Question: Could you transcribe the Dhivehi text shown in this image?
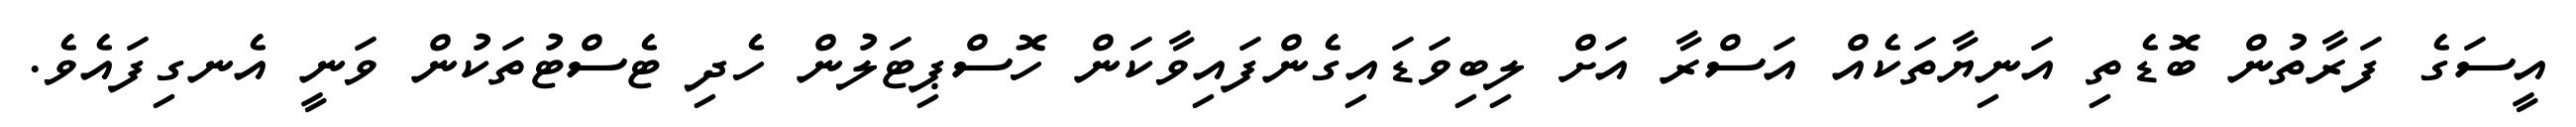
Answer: އީސަގެ ފަރާތުން ބޮޑެތި އަނިޔާތަކެއް އަސްރާ އަށް ލިބިވަޑައިގެންފައިވާކަން ހޮސްޕިޓަލުން ހެދި ޓެސްޓުތަކުން ވަނީ އެނގިފައެވެ.